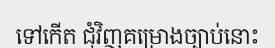
ទៅកើត ជុំវិញគម្រោងច្បាប់នោះ